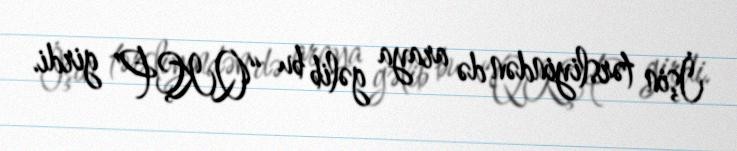
İşin tərsliyindən də araya gəlib bu “QKÇP” girdi.